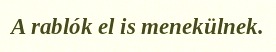
A rablók el is menekülnek.